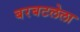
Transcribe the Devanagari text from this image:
बरबटलेला